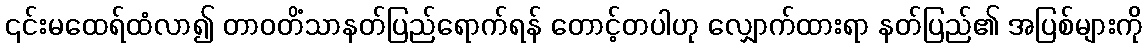
၎င်းမထေရ်ထံလာ၍ တာဝတိံသာနတ်ပြည်ရောက်ရန် တောင့်တပါဟု လျှောက်ထားရာ နတ်ပြည်၏ အပြစ်များကို